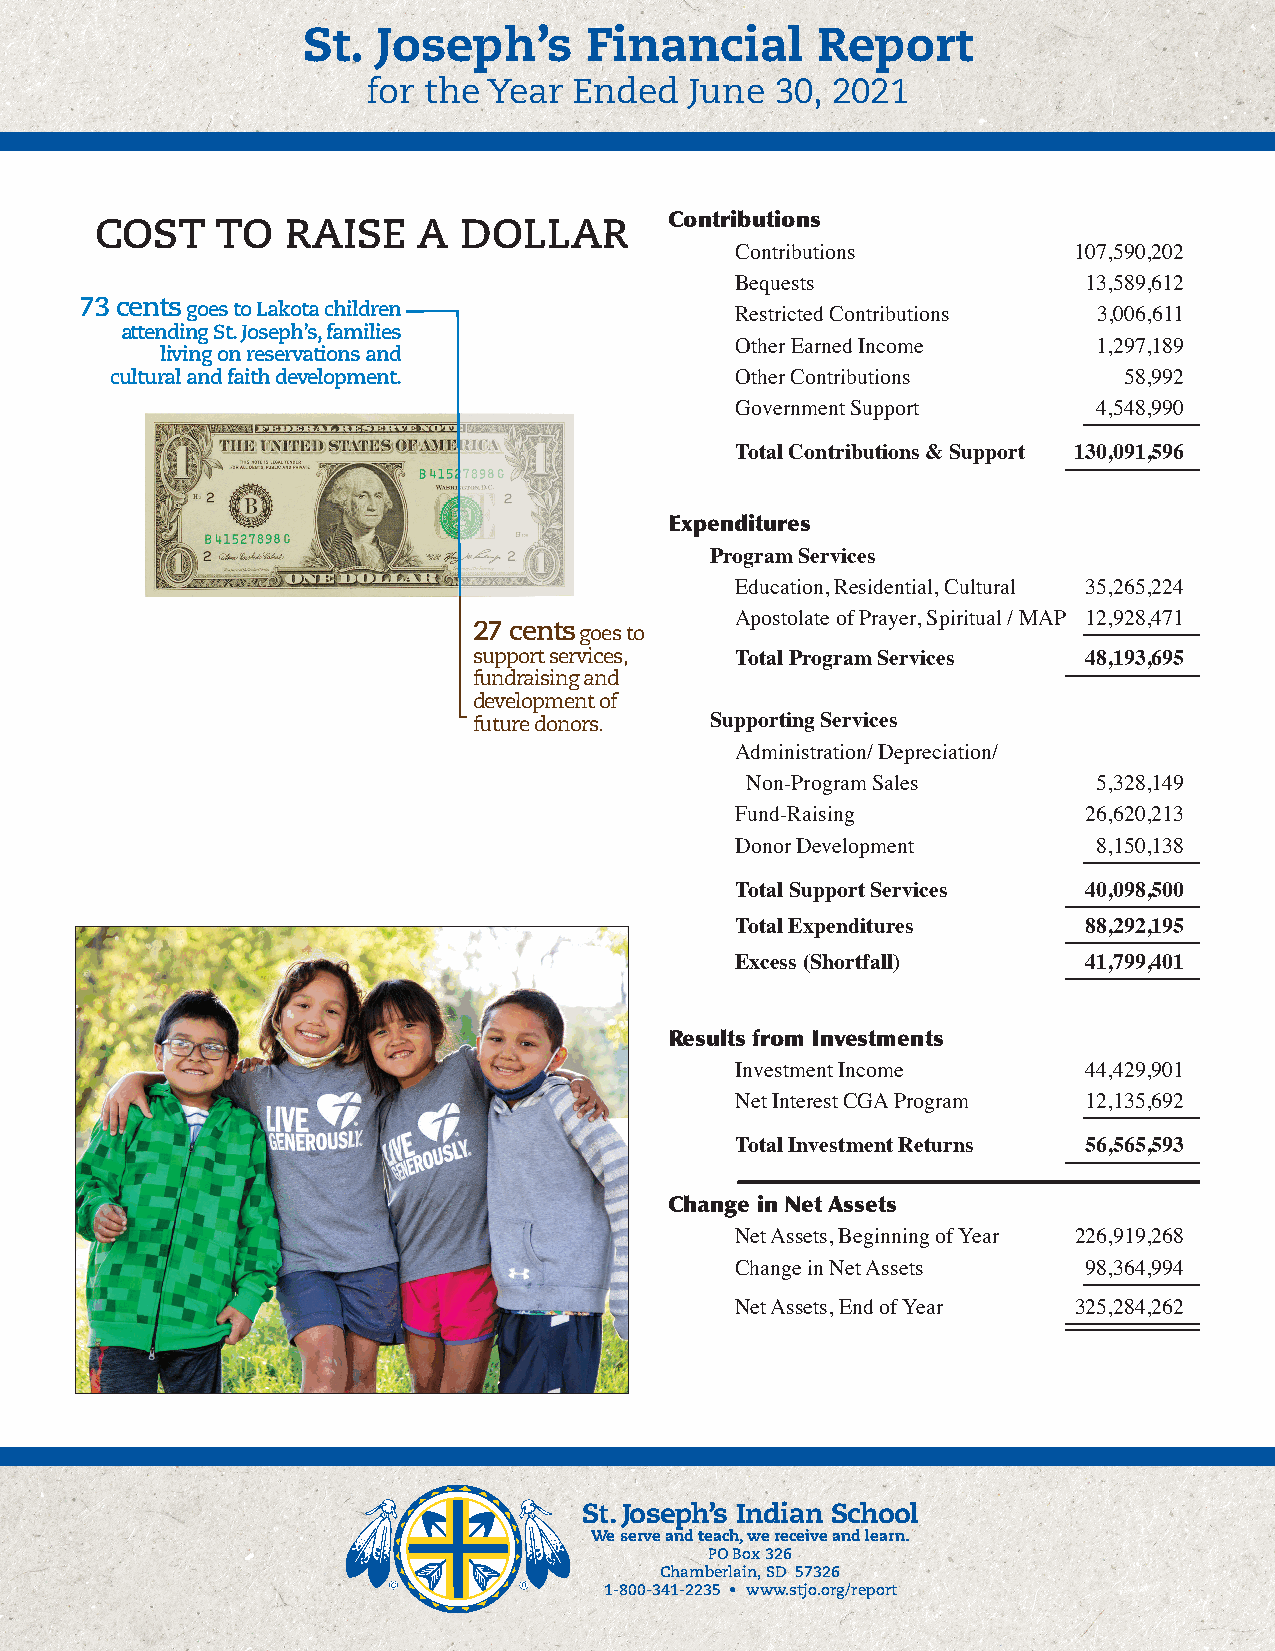
St.  Joseph’s      Financial      Report
 for the Year  Ended   June 30, 2021
 Contributions
 COST    TO   RAISE    A DOLLAR
 Contributions         107,590,202
 Bequests               13,589,612
 73 cents goes to Lakota children
 Restricted Contributions 3,006,611
 attending St. Joseph’s, families
 Other Earned Income     1,297,189
 living on reservations and
 cultural and faith development.           Other Contributions      58,992
 Government Support      4,548,990
 Total Contributions & Support 130,091,596
 Expenditures
 Program Services
 Education, Residential, Cultural 35,265,224
 Apostolate of Prayer, Spiritual / MAP 12,928,471
 27 cents goes to
 support services, Total Program Services 48,193,695
 fundraising and
 development of
 future donors.  Supporting Services
 Administration/ Depreciation/
 Non-Program Sales       5,328,149
 Fund-Raising           26,620,213
 Donor Development       8,150,138
 Total Support Services 40,098,500
 Total Expenditures     88,292,195
 Excess (Shortfall)     41,799,401
 Results from Investments
 Investment Income      44,429,901
 Net Interest CGA Program 12,135,692
 Total Investment Returns 56,565,593
 Change in Net Assets
 Net Assets, Beginning of Year 226,919,268
 Change in Net Assets   98,364,994
 Net Assets, End of Year 325,284,262
 St. Joseph’s Indian School
 We serve and teach, we receive and learn.
 PO Box 326
 Chamberlain, SD 57326
 1-800-341-2235 • www.stjo.org/report